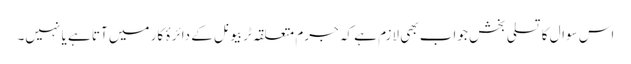
اس سوال کا تسلی بخش جواب بھی لازم ہے کہ جرم متعلقہ ٹربیونل کے دائرۂ کار میں آتا ہے یا نہیں۔